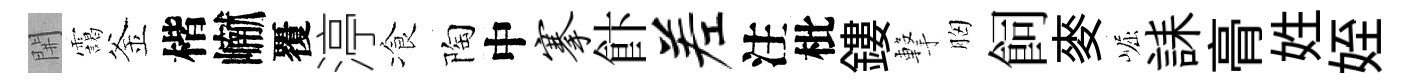
𨳩靄釜楷𪩘覆渟飡陶中搴飰差注枇鏤撃胸飼麥崛誄𮌔姓姪